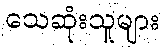
သေဆုံးသူများ